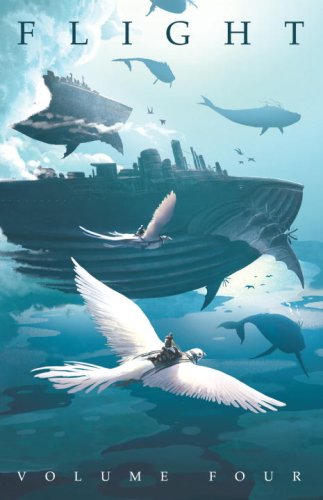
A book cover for Flight, Volume Four; Comics & Graphic Novels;